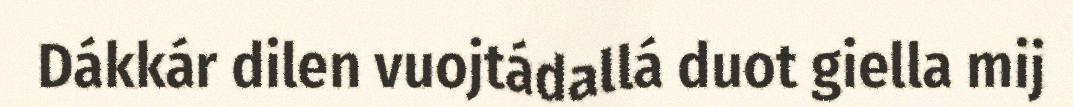
Dákkár dilen vuojtádallá duot giella mij